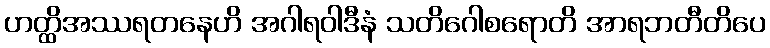
ဟတ္ထိအဿရတနေဟိ အဂါရဝါဒီနံ သတိဂေါစရောတိ အာရဘတီတိပေ